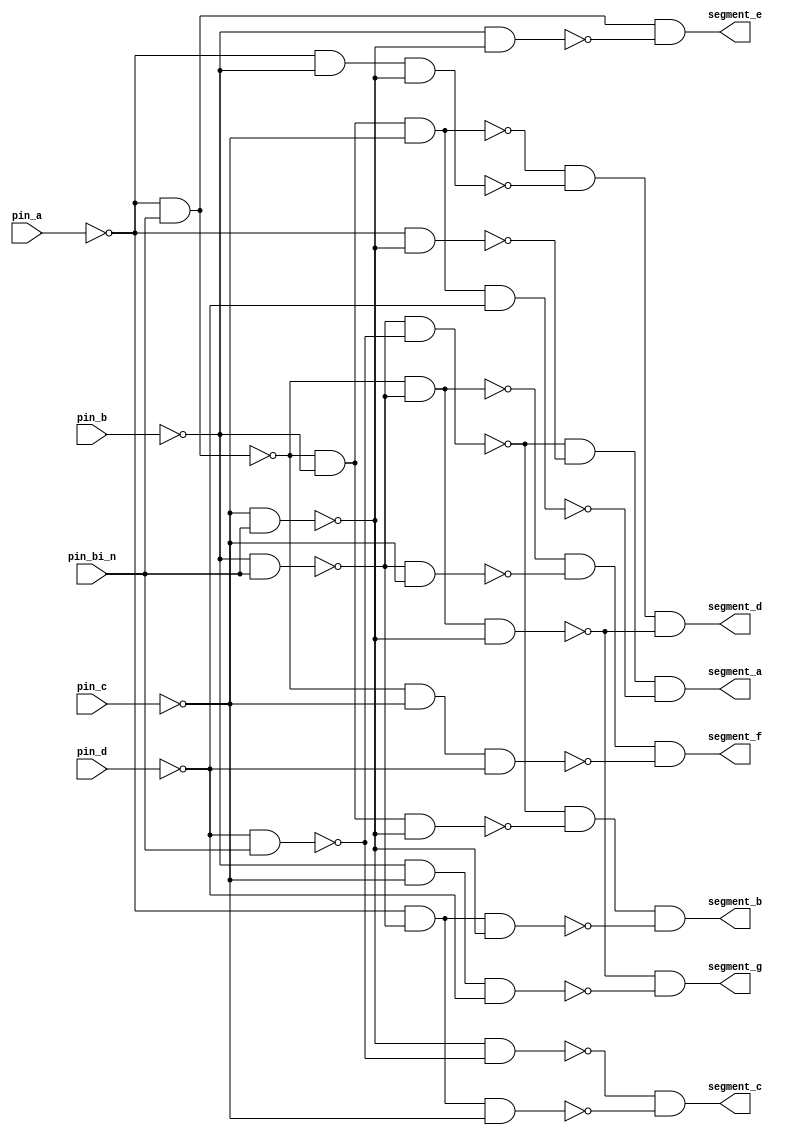
module sn74ls49(

    input pin_a,      // SN74LS49 bit A
    input pin_b,      // SN74LS49 bit B
    input pin_c,      // SN74LS49 bit C
    input pin_d,      // SN74LS49 bit D
    input pin_bi_n,   // SN74LS49 Blanking Input, active low
   
	 output segment_a, // SN74LS49 segment A output
    output segment_b, // SN74LS49 segment B output
    output segment_c, // SN74LS49 segment C output
    output segment_d, // SN74LS49 segment D output
    output segment_e, // SN74LS49 segment E output
    output segment_f, // SN74LS49 segment F output
    output segment_g  // SN74LS49 segment G output

    );

  // Some registers to store temporary values
  reg input_bi = 0;
  
  reg input_a_level2 = 0;
  reg input_b_level2 = 0;
  reg input_c_level2 = 0;
  reg input_d_level2 = 0;
  
  reg input_a_level3 = 0;
  reg input_b_level3 = 0;
  reg input_c_level3 = 0;
  reg input_d_level3 = 0;
  
  // The outputs
  assign segment_a = (
								  ~(input_b_level3 & input_d_level3)
								& ~(input_a_level2 & input_c_level3)
								& ~(input_a_level3 & input_b_level2 & input_c_level2 & input_d_level2)
							);
  assign segment_b = (
								  ~(input_b_level3 & input_d_level3) 
								& ~(input_a_level3 & input_b_level2 & input_c_level3) 
								& ~(input_a_level2 & input_b_level3 & input_c_level3)
							);
  assign segment_c = (
								  ~(input_c_level3 & input_d_level3) 
								& ~(input_a_level2 & input_b_level3 & input_c_level2)
							);
  assign segment_d = (
								  ~(input_a_level3 & input_b_level2 & input_c_level2) 
								& ~(input_a_level2 & input_b_level2 & input_c_level3) 
								& ~(input_a_level3 & input_b_level3 & input_c_level3)
							);
  assign segment_e = (
								  ~(input_a_level3)
								& ~(input_b_level2 & input_c_level3)
							);
  assign segment_f = (
								  ~(input_a_level3 & input_b_level3)
								& ~(input_b_level3 & input_c_level2)
								& ~(input_a_level3 & input_c_level2 & input_d_level2)
							);
  assign segment_g = (
								  ~(input_a_level3 & input_b_level3 & input_c_level3)
								& ~(input_b_level2 & input_c_level2 & input_d_level2)
							);

  always @(*) begin
 	 // BI is behind a NOT gate, and active low (double negation => value doesn't not change)
    input_bi = pin_bi_n;
	 
	 // Level 2 : A, B, C and D inputs are behind NOT gates
	 input_a_level2 = ~pin_a;
	 input_b_level2 = ~pin_b;
	 input_c_level2 = ~pin_c;
	 input_d_level2 = ~pin_d;
	 
	 // Level 3 : NAND gate between each level 2 and BI
	 input_a_level3 = ~(input_a_level2 & input_bi);
	 input_b_level3 = ~(input_b_level2 & input_bi);
	 input_c_level3 = ~(input_c_level2 & input_bi);
	 input_d_level3 = ~(input_d_level2 & input_bi);
	 
  end

endmodule